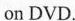
on DVD.